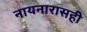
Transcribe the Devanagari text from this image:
नायनारासही